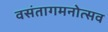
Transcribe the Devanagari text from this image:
वसंतागमनोत्सव